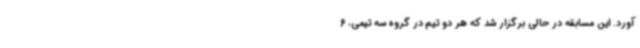
آورد. این مسابقه در حالی برگزار شد که هر دو تیم در گروه سه تیمی، 6